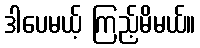
ဒါပေမယ့် ကြည့်မိမယ်။